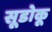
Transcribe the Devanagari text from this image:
सूडोकू